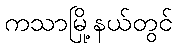
ကသာမြို့နယ်တွင်